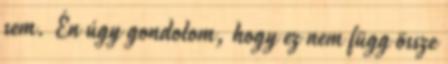
sem. Én úgy gondolom, hogy ez nem függ össze